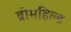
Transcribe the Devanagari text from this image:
ब्रीमहिल्ड